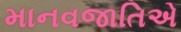
માનવજાતિએ